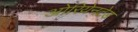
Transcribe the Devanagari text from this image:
ओरियेनटेड